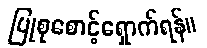
ပြုစုစောင့်ရှောက်ရန်။